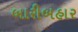
બારીબહાર